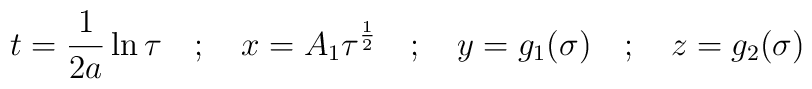
t = \frac{1}{2a} \ln \tau \quad ; \quad x = A_{1}{\tau}^{\frac{1}{2}}\quad ; \quad y = g_{1}(\sigma) \quad ; \quad z = g_{2}(\sigma)